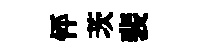
怦茨裴